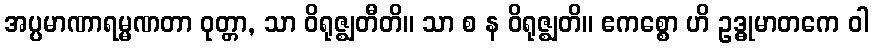
အပ္ပမာဏာရမ္မဏတာ ဝုတ္တာ, သာ ဝိရုဇ္ဈတီတိ။ သာ စ န ဝိရုဇ္ဈတိ။ ဧကစ္စော ဟိ ဥဒ္ဓုမာတကေ ဝါ